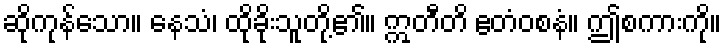
ဆိုကုန်သော။ နေသံ၊ ထိုခိုးသူတို့၏။ ဣတီတိ ဧတံဝစနံ။ ဤစကားကို။